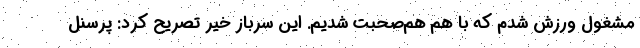
مشغول ورزش شدم که با هم هم‌صحبت شدیم. این سرباز خیّر تصریح کرد: پرسنل